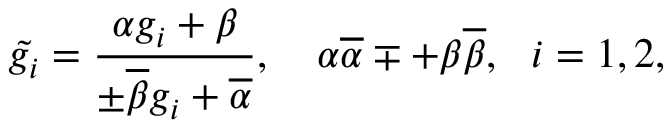
\tilde { g _ { i } } = \frac { \alpha g _ { i } + \beta } { \pm \overline { { { \beta } } } g _ { i } + \overline { { { \alpha } } } } , ~ ~ ~ \alpha \overline { { { \alpha } } } \mp + \beta \overline { { { \beta } } } , ~ ~ i = 1 , 2 ,